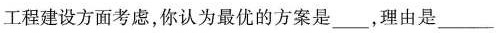
工程建设方面考虑，你认为最优的方案是___，理由是___